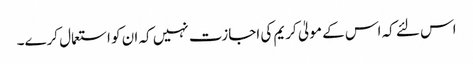
اس لئے کہ اس کے مولیٰ کریم کی اجازت نہیں کہ ان کو استعمال کرے۔